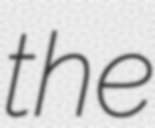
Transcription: the